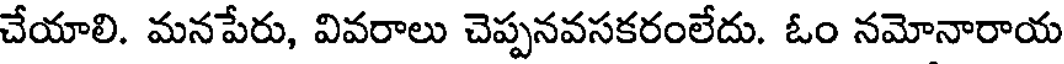
చేయాలి. మనపేరు, వివరాలు చెప్పనవసకరంలేదు. ఓం నమోనారాయ